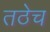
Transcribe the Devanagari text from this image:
तठेच